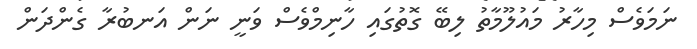
ނަމަވެސް މިހާރު މައުލޫމާތު ލިބޭ ގޮތުގައި ހާނިމްވެސް ވަނީ ނަން އަނބުރާ ގެންދަން